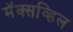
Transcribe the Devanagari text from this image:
मॅक्सव्हिल